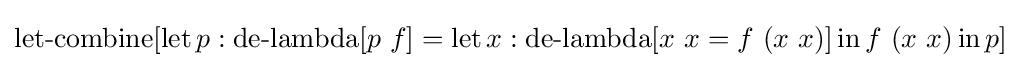
\operatorname {let-combine} [\operatorname {let} p:\operatorname {de-lambda} [p\ f]=\operatorname {let} x:\operatorname {de-lambda} [x\ x=f\ (x\ x)]\operatorname {in} f\ (x\ x)\operatorname {in} p]